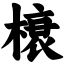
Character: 榱